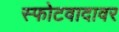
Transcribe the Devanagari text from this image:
स्फोटवादावर